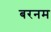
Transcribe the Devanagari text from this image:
बरनम